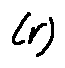
( r )